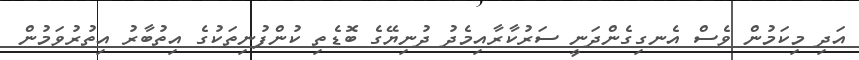
އަދި މިކަމުން ވެސް އެނގިގެންދަނީ ސަރުކާރާއިމެދު ދުނިޔޭގެ ބޮޑެތި ކުންފުނިތަކުގެ އިތުބާރު އިތުރުވަމުން